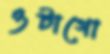
ওটাগো